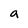
Character: a